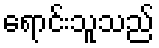
ရောင်းသူသည်